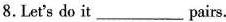
8.Let's do it__pairs.